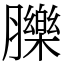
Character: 䑈